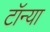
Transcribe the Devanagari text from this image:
टॉन्या